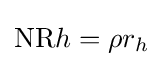
\mathrm {NR} h=\rho r_{h}